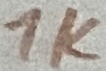
Text: 1K